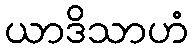
ယာဒိသာဟံ